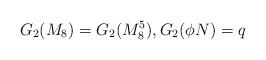
LaTeX: \begin{align*}G_2(M_8) = G_2(M_8^5), G_2(\phi N) = q\end{align*}